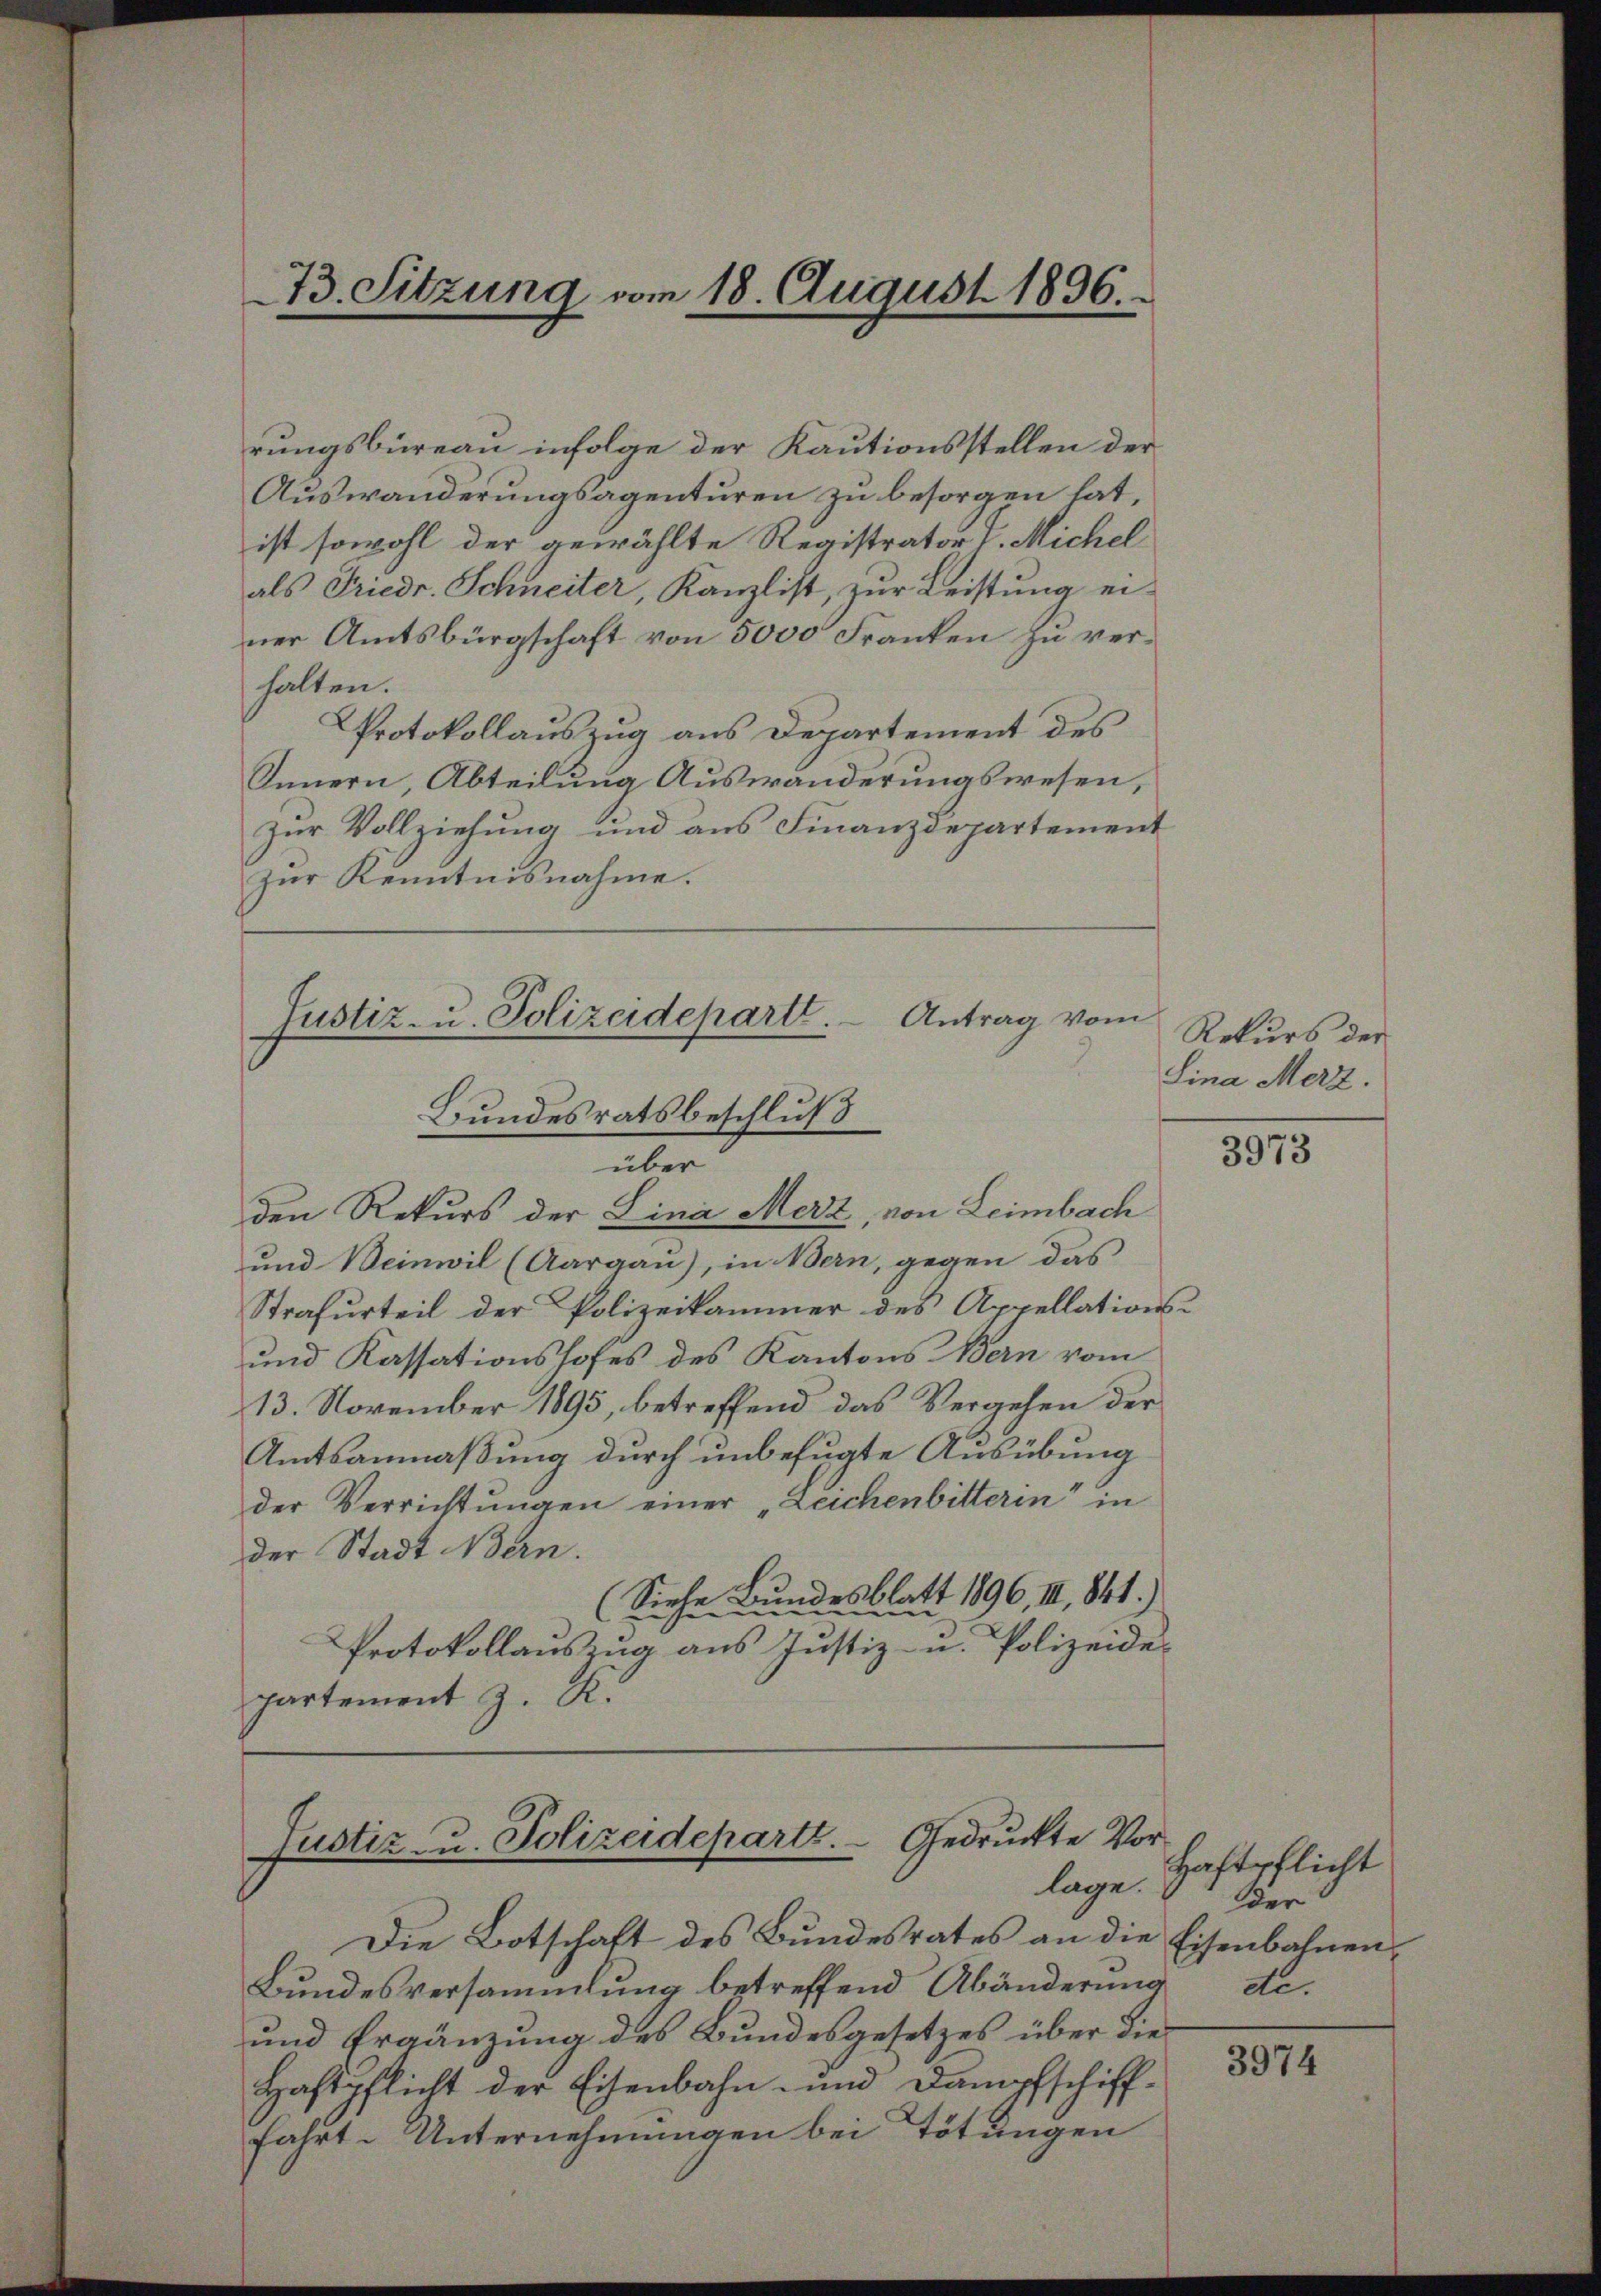
73. Sitzung vom 18. August 1836.

rungsbüreau infolge der Kautionsstellen der
Auswanderungsagenturen zu besorgen hat,
ist sowohl der gewählte Registrator V. Michel
als Friedr. Schneiter, Kanzlist, zur Leistung ei-
ner Amtsbürgschaft von 5000 Franken zu verhalten.
Protokollauszug aus Departement des
Innern, Abteilung Auswanderungswesen,
zur Vollziehung und aus Finanzdepartement
zur Kenntnisnahme.

den Rekurs der Lina Merz, von Leimbach
und Beinwil (Aargau), in Bern, gegen das
Strafurteil der Polizeikammer des Appellations-
und Kassationshofes des Kantons Bern vom
13. November 1895, betreffend das Vergehen der
Amtsanmaßung durch unbefugte Ausübung
der Verrichtungen einer „Zeichenbitterin in
der Stadt Bern.
(Siehe Bundesblatt 1896, III, 841.)
2
Protokollauszug aus Justiz- u. Polizeide
partement z. K.

Antrag vom
Justiz- u. Polizeideparte.
Bundesratsbeschluß
über

Justiz u. Polizeideparte. Gedruckte Vorlage.

Die Botschaft des Bundesrates an die Eisenbahnen¬
Bundesversammlung betreffend Abänderung
und Ergänzung des Bundesgesetzes über die¬
Haftpflicht der Eisenbahn- und Dampfschifffahrt. Unternehmungen bei Tötungen

Rekurs der
Lina Merz.

3973

Haftpflicht
Der
de.

3974